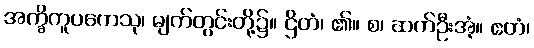
အက္ခိကူပကေသု၊ မျက်တွင်းတို့၌။ ဌိတံ၊ ၏။ စ၊ ဆက်ဦးအံ့။ ဧတံ၊